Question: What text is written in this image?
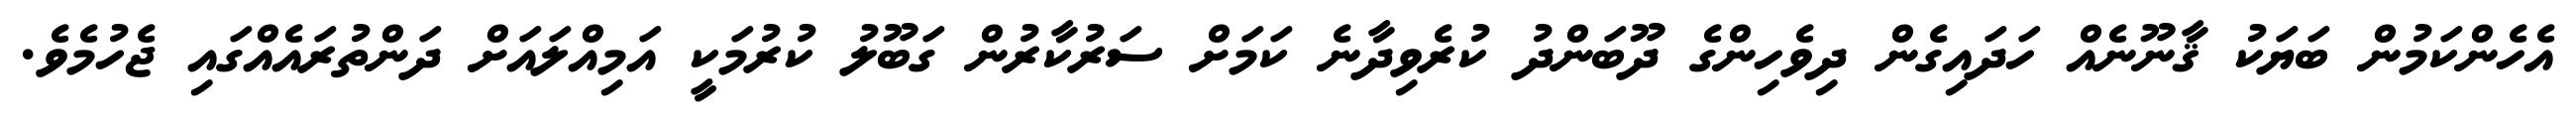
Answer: އެހެންކަމުން ބަޔަކު ޤާނޫނެއް ހަދައިގެން ދިވެހިންގެ ދޫބަންދު ކުރެވިދާނެ ކަމަށް ސަރުކާރުން ގަބޫލު ކުރުމަކީ އަމިއްލައަށް ދަންތުރައެއްގައި ޖެހުމެވެ.